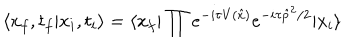
LaTeX: \langle x _ { f } , t _ { f } | x _ { i } , t _ { i } \rangle = \langle x _ { f } | \prod e ^ { - i \tau V ( \hat { x } ) } e ^ { - i \tau \hat { p } ^ { 2 } / 2 } | x _ { i } \rangle